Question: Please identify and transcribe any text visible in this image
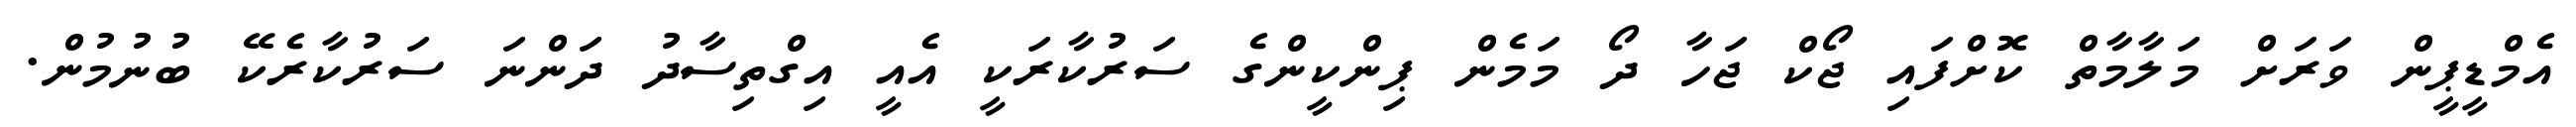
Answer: އެމްޑީޕީން ވަރަށް މަލާމާތް ކޮށްފައި ޖޯކް ޖަހާ ދޯ މަމެން ޕިންކީންގެ ސަރުކާރަކީ އެއީ އިގްތިސާދު ދަންނަ ސަރުކާރެކޭ ބުނުމުން.